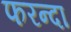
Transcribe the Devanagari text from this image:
फरन्दा